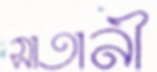
সাতানী